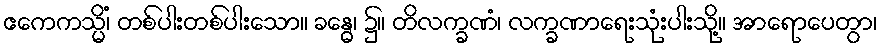
ဧကေကသ္မိံ၊ တစ်ပါးတစ်ပါးသော။ ခန္ဓေ၊ ၌။ တိလက္ခဏံ၊ လက္ခဏာရေးသုံးပါးသို့။ အာရောပေတွာ၊